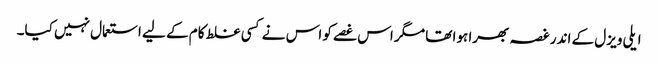
ایلی ویزل کے اندر غصہ بھرا ہوا تھا مگر اس غصے کو اس نے کسی غلط کام کے لیے استعمال نہیں کیا۔